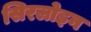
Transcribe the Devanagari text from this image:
सिरलोइन